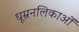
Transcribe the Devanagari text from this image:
धूम्रनलिकाओं